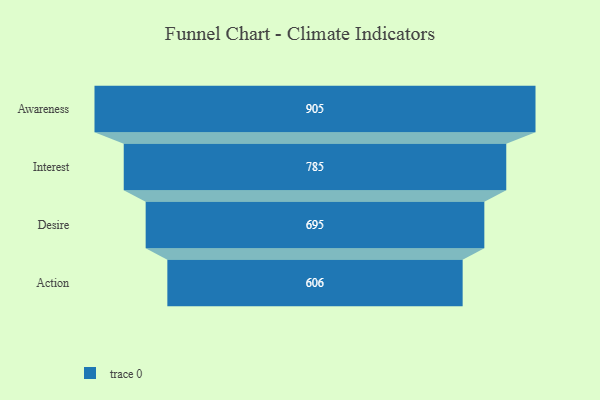
{"axis": {"x": "Stage", "y": "Value"}, "legend": [""], "data": [{"x": "Awareness", "y": 905.0, "type": ""}, {"x": "Interest", "y": 785.0, "type": ""}, {"x": "Desire", "y": 695.0, "type": ""}, {"x": "Action", "y": 606.0, "type": ""}]}